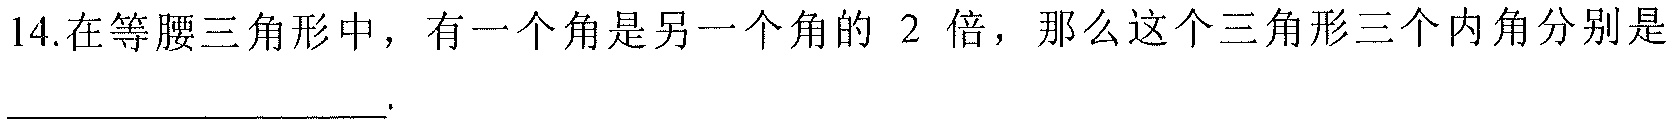
14.在等腰三角形中，有一个角是另一个角的 \(2\) 倍，那么这个三角形三个内角分别是____________________.